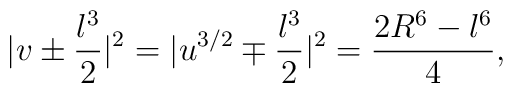
|v\pm \frac{\l^{3}}{2}|^{2}=|u^{3/2}\mp \frac{\l^{3}}{2}|^{2}=\frac{2R^{6}-\l^{6}}{4},